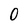
Character: O